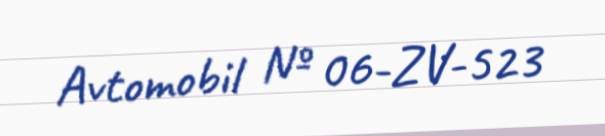
Avtomobil № 06-ZV-523